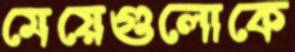
মেয়েগুলোকে